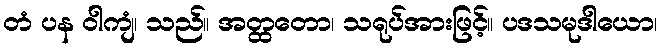
တံ ပန ဝါကျံ၊ သည်။ အတ္ထတော၊ သရုပ်အားဖြင့်။ ပဒသမုဒါယော၊